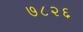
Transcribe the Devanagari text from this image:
७८२६